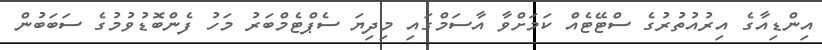
އިންޑިއާގެ އިރުއުތުރުގެ ސްޓޭޓެއް ކަމަށްވާ އާސަމްގައި މިދިޔަ ސެޕްޓެމްބަރު މަހު ފެންބޮޑުވުމުގެ ސަބަބުން